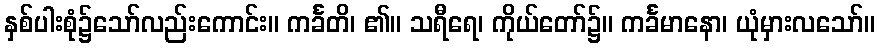
နှစ်ပါးစုံ၌သော်လည်းကောင်း။ ကင်္ခတိ၊ ၏။ သရီရေ၊ ကိုယ်တော်၌။ ကင်္ခမာနော၊ ယုံမှားလသော်။